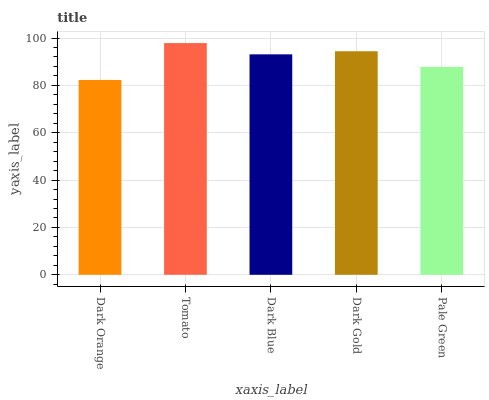
| xaxis_label | bars |
 | --- | --- |
 | Dark Orange | 82.3 |
 | Tomato | 97.9 |
 | Dark Blue | 93.1 |
 | Dark Gold | 94.4 |
 | Pale Green | 87.8 |